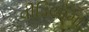
વીડિયોમા